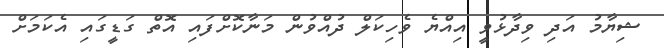
ޝިޔާމު އަދި ވިދާޅުވީ އިއްޔެ ވެހިކަލް ދުއްވުން މަނާކޮށްފައި އޮތް ގަޑީގައި އެކަމަށް